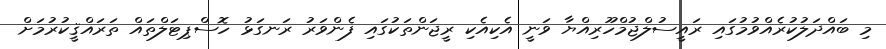
މި ބައްދަލުކުރެއްވުމުގައި ރައީސުލްޖުމްހޫރިއްޔާ ވަނީ އެކިއެކި ރީޖަންތަކުގައި ފެންވަރު ރަނގަޅު ހޮސްޕިޓަލްތައް ތަރައްޤީކުރުމަށް